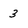
Character: 3